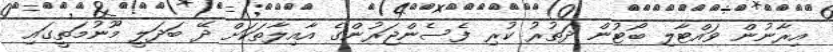
އިރާނުން ވައްޓާލި ބޯޓުން ދަތުރު ކުރި ފެސެންޖަރުންގެ އާއިލާތަކަށް ދޭ ބަދަލީ މޫނުމަތީގައި